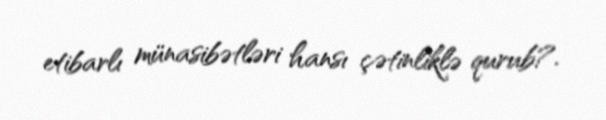
etibarlı münasibətləri hansı çətinliklə qurub?.